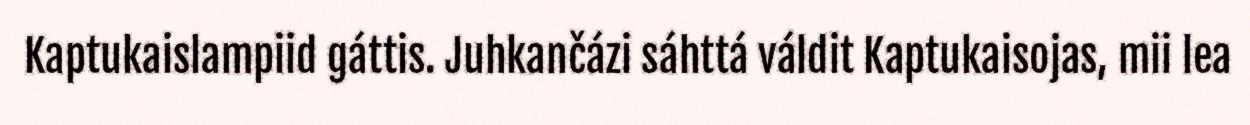
Kaptukaislampiid gáttis. Juhkančázi sáhttá váldit Kaptukaisojas, mii lea